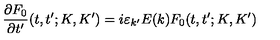
\frac { \partial F _ { 0 } } { \partial t ^ { \prime } } ( t , t ^ { \prime } ; K , K ^ { \prime } ) = i \varepsilon _ { k ^ { \prime } } E ( k ) F _ { 0 } ( t , t ^ { \prime } ; K , K ^ { \prime } )